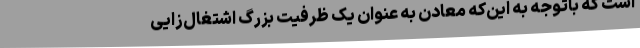
است که باتوجه به این‌که معادن به عنوان یک ظرفیت بزرگ اشتغال‌زایی